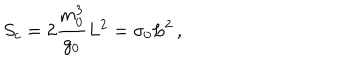
LaTeX: S _ { c } = 2 \frac { m _ { 0 } ^ { 3 } } { g _ { 0 } } L ^ { 2 } = \sigma _ { 0 } L ^ { 2 } \, ,